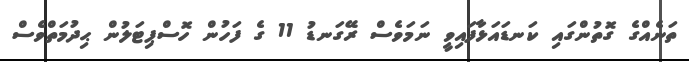
ތަނެއްގެ ގޮތުންގައި ކަނޑައަޅާފައިވީ ނަމަވެސް ރޭގަނޑު 11 ގެ ފަހުން ހޮސްޕިޓަލުން ޙިދުމަތްވެސް